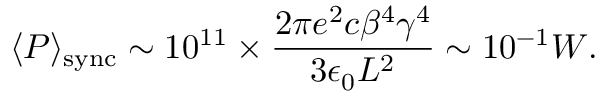
\langle P \rangle _ { \mathrm { s y n c } } \sim 1 0 ^ { 1 1 } \times \frac { 2 \pi e ^ { 2 } c \beta ^ { 4 } \gamma ^ { 4 } } { 3 \epsilon _ { 0 } L ^ { 2 } } \sim 1 0 ^ { - 1 } W .